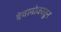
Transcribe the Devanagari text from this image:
देवलोकातुन